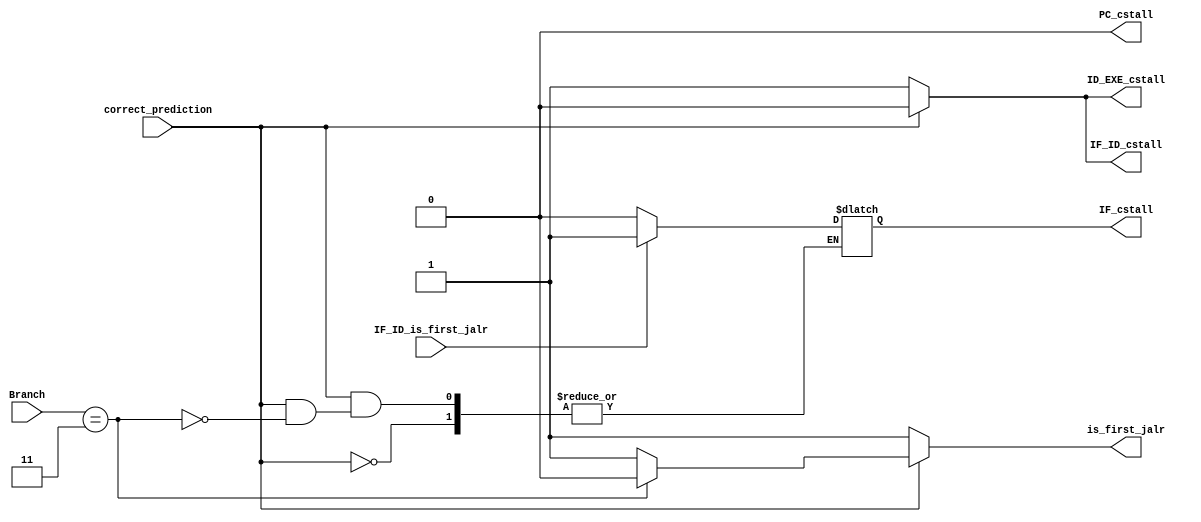
`timescale 1ps / 1ps
//////////////////////////////////////////////////////////////////////////////////
// Company: 
// Engineer: 
// 
// Design Name: 
// Module Name: Control_Stall
// Project Name: 
// Target Devices: 
// Tool Versions: 
// Description: 
// 
// Dependencies: 
// 
// Revision:
// Revision 0.01 - File Created
// Additional Comments:
// 
//////////////////////////////////////////////////////////////////////////////////


module Control_Stall(
        input [1:0] Branch,
        input IF_ID_is_first_jalr,  // 1 if it was the first jalr out of the 2 in the bubble, 0 otherwise
        input correct_prediction,
        output reg IF_cstall,   ////////////////////////// ADD to main file
        output reg IF_ID_cstall,
        output reg ID_EXE_cstall,
        output reg PC_cstall,    // Unsused
        output reg is_first_jalr
    );
    // Stalls for flushing the pipeline when the branch prediction is wrong
    always @ (*) begin
        IF_ID_cstall = 1'b0;
        ID_EXE_cstall = 1'b0;
        PC_cstall = 1'b0;
        is_first_jalr = 1'b1;
        // Stall IF_ID and ID_EXE if the branch prediction was wrong
        if (correct_prediction == 1'b0) begin
            IF_ID_cstall = 1'b1;    // 1 to stall
            ID_EXE_cstall = 1'b1;   // 1 to stall
        end

    // Stall IF_ID if the branch was a JALR instruction
    // We will only stall one, the second time that the JALR instruction is detected,
        // Stall IF if the branch was a JALR instruction
        else if (Branch == 2'b11) begin
            if (IF_ID_is_first_jalr == 1'b1) begin
                IF_cstall = 1'b1;    // 1 to stall
                is_first_jalr = 1'b0;
            end else begin
                IF_cstall = 1'b0;    // 0 to not stall
                is_first_jalr = 1'b0;
            end
        end
    end
endmodule